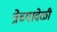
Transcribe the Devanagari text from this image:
त्रेच्यावेळी